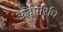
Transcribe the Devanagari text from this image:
अर्द्धपरिधि